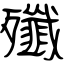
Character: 殲